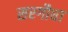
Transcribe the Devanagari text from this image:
सरगौधा